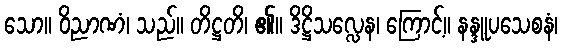
သော။ ဝိညာဏံ၊ သည်။ တိဋ္ဌတိ၊ ၏။ ဒိဋ္ဌိသလ္လေန၊ ကြောင့်။ နန္ဒူပသေစနံ၊